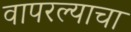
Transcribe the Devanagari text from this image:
वापरल्याचा